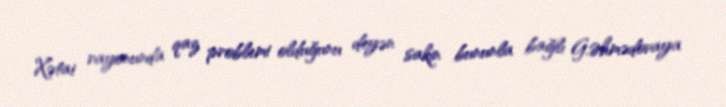
Xətai rayonunda qaz problemi olduğunu deyən sakin bununla bağlı G.Əhmədovaya